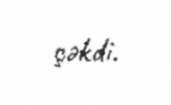
çəkdi.